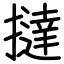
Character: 撻